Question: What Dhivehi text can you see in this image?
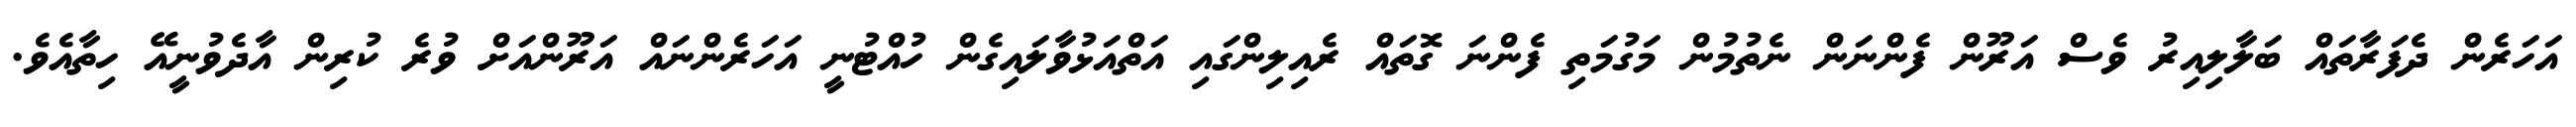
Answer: އަހަރެން ދެފަރާތައް ބަލާލިއިރު ވެސް އަރޫން ފެންނަން ނެތުމުން މަގުމަތި ފެންނަ ގޮތައް ރެއިލިންގައި އަތްއަޅުވާލައިގެން ހުއްޓުނީ އަހަރެންނައް އަރޫންއަށް ވުރެ ކުރިން އާދެވުނީއޭ ހިތާއެވެ.